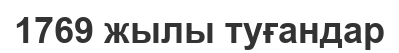
1769 жылы туғандар